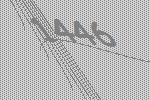
1446